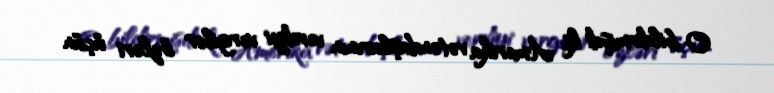
O bildirmişdi ki, Amerika vətəndaşlarının verdiyi vergilər özləri üçün